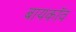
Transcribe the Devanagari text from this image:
बायकॉव